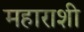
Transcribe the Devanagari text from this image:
महाराशी